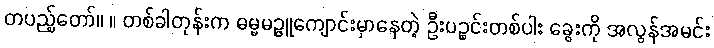
တပည့်တော်။ ။ တစ်ခါတုန်းက ဓမ္မမဉ္ဇူကျောင်းမှာနေတဲ့ ဦးပဉ္စင်းတစ်ပါး ခွေးကို အလွန်အမင်း